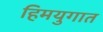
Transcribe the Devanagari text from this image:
हिमयुगात